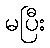
မပြီး